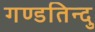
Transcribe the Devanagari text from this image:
गण्डतिन्दु